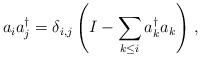
LaTeX: \begin{align*}a_ia^\dag_j=\delta_{i,j}\left(I-\sum_{k\leq i} a^\dag_ka_k\right)\,,\end{align*}